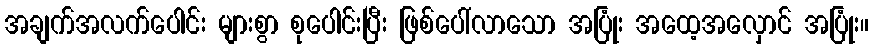
အချက်အလက်ပေါင်း များစွာ စုပေါင်းပြီး ဖြစ်ပေါ်လာသော အပြုံး အထေ့အလှောင် အပြုံး။